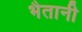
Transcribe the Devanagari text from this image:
भैतानी